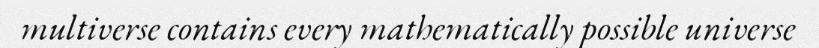
multiverse contains every mathematically possible universe